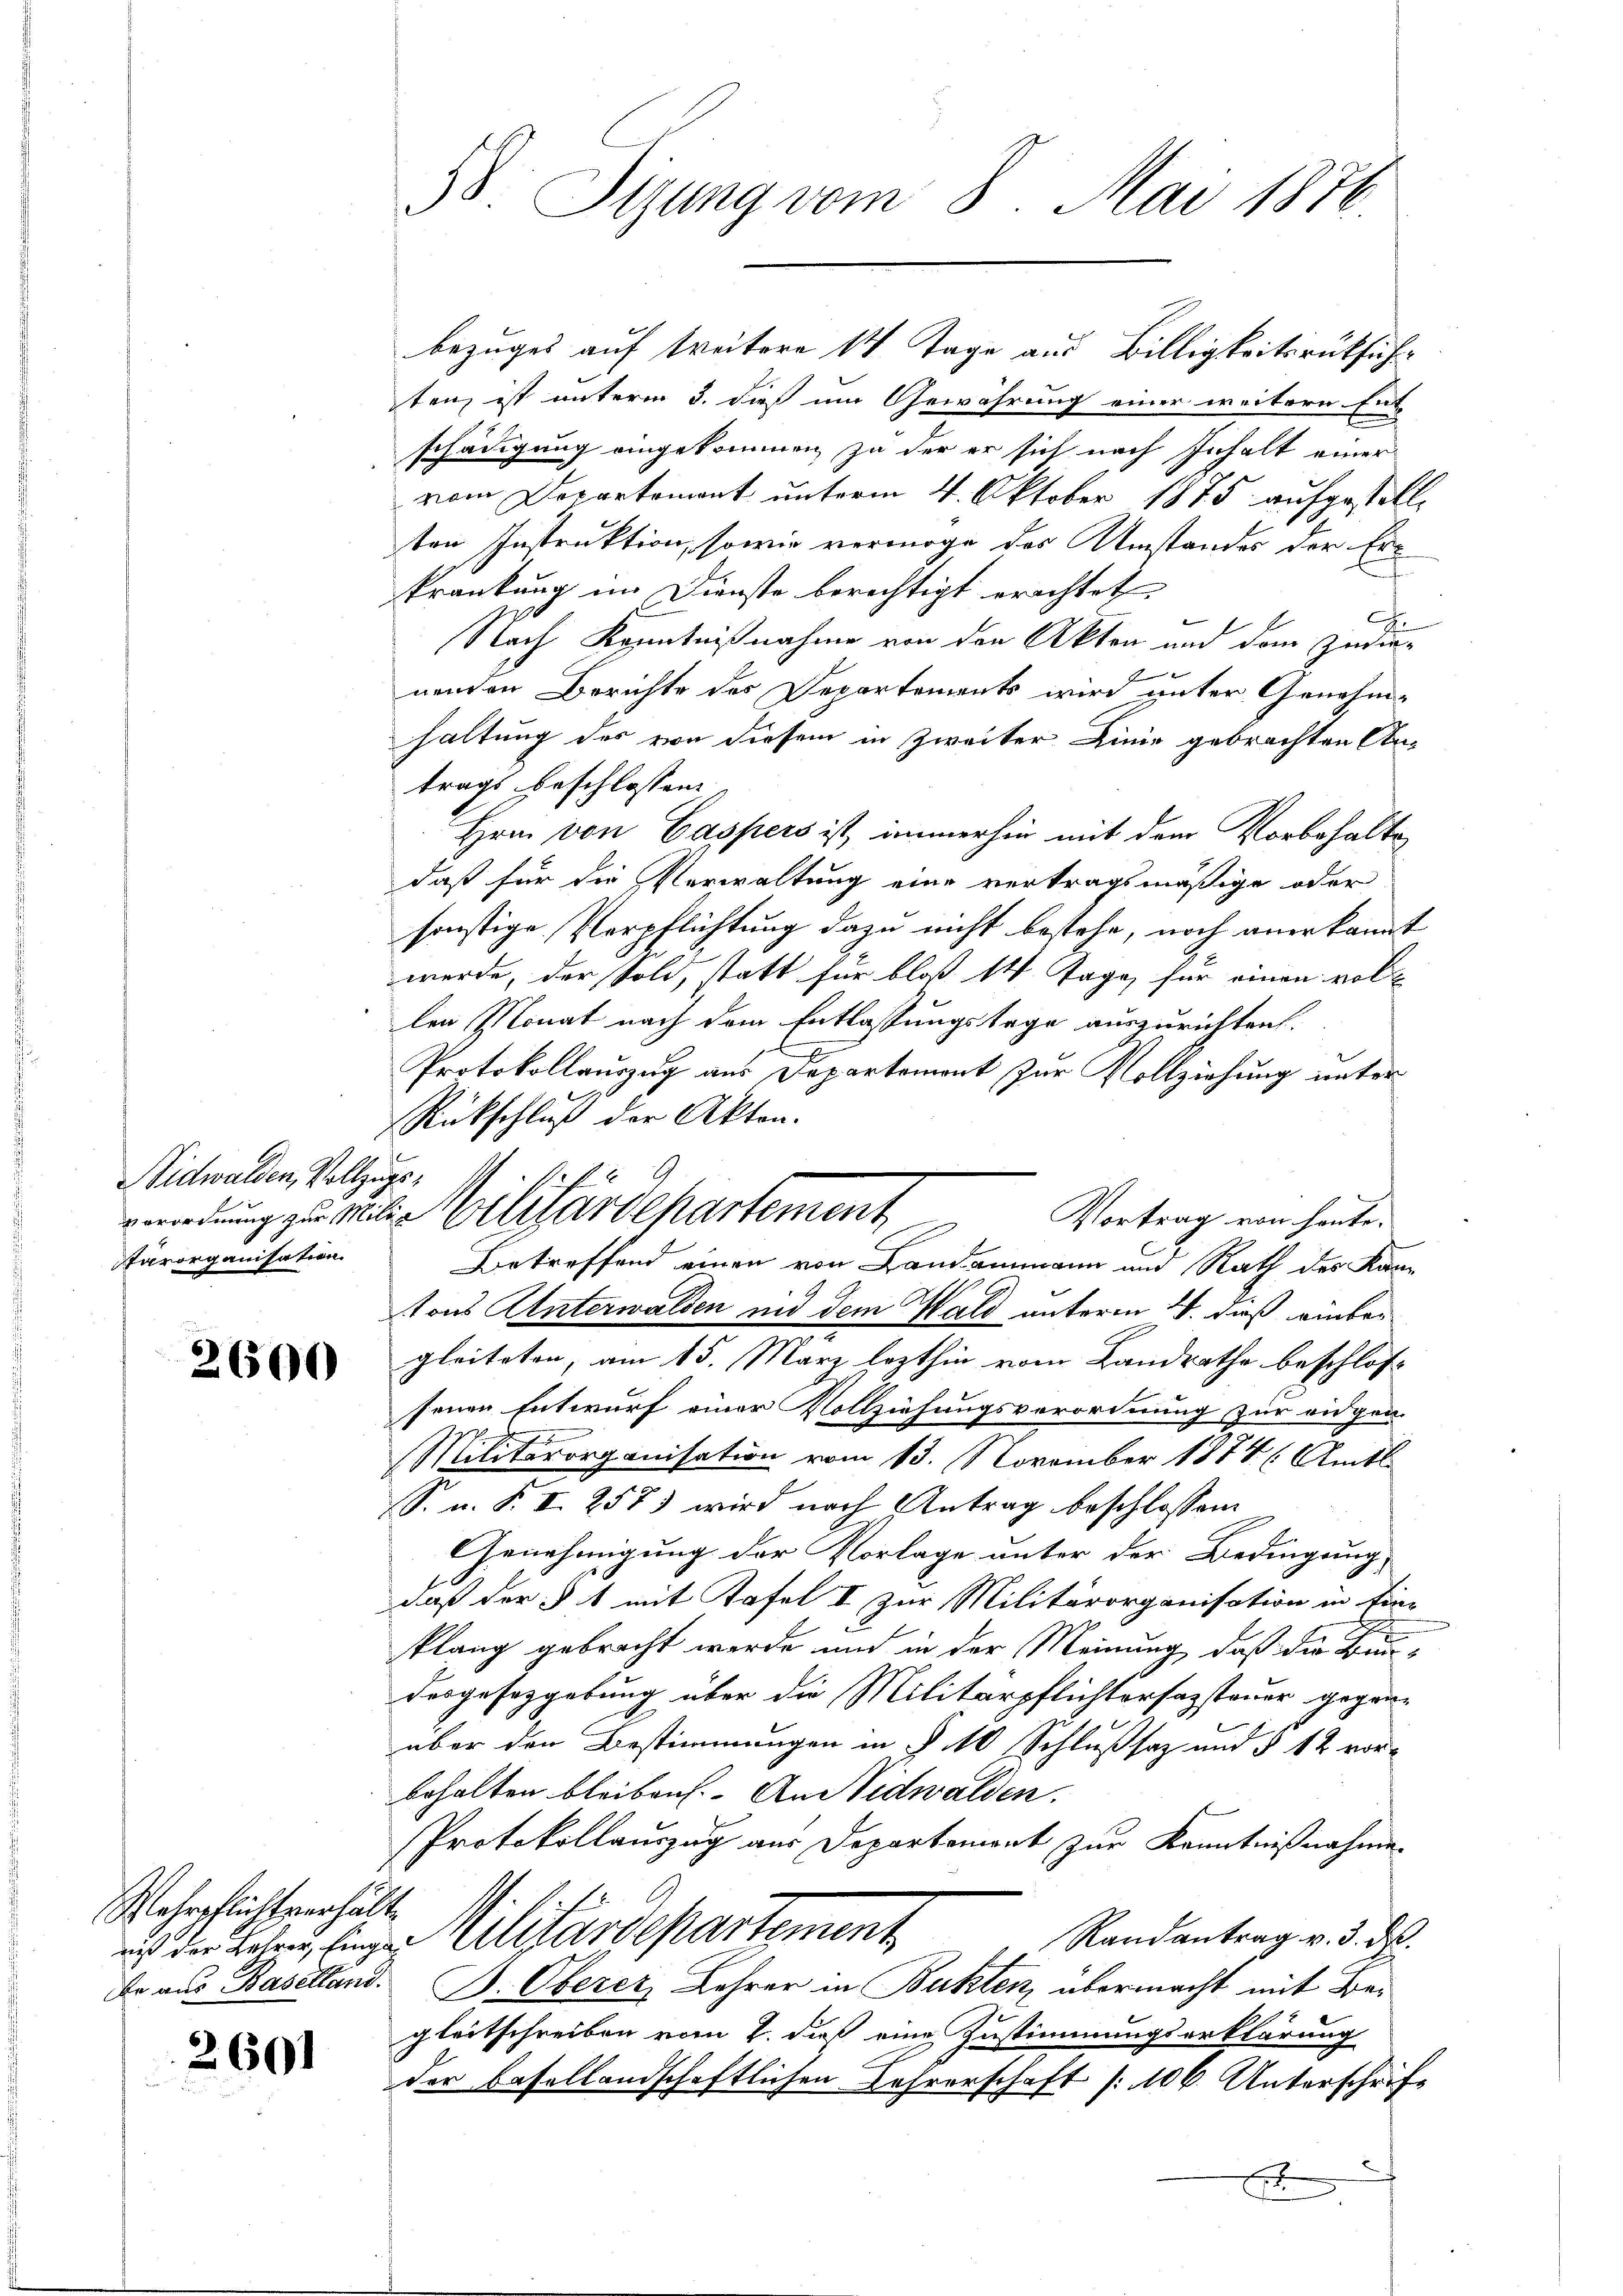
Nidwalden, Vollzugstärorganisation.

2600

Wehrpflichtverhält

2601

38. Sizung vom 8. Mai 1876.

bezuges auf Weitere 14 Tage aus Billigkeitsrüksicher
ten ist unterm 3. dieß um Gewährung einer weitern Ent-
schädigung eingekommen, zu der er sich nach Inhalt einer
vom Departement unterm 4. Oktober 1875 aufgestellten Instruktion, sowie vermöge des Umstandes der Erkrankung im Dienste berechtigt erachtet
u
.
c
Nach Kenntnißnahme von den Akten und dem zwienenden Berichte des Departements wird unter Genehm-
haltung des von diesem in Zweiter Linie gebrachten Antrags beschlossene
Hrn. von Caspers ist, immerhin mit dem Vorbehalte
daß für die Verwaltung eine vertragsmäßige oder
sonstige Verpflichtung dazu nicht bestehe, noch anerkannt
werde, der Sold, statt für bloß 14 Tage, für einen voll
len Monat nach dem Entlassungstage auszurichten.
Protokollauszug aus Departement zur Vollziehung unter
Rückschluß der Akten.
Betreffend einen von Landammann und Rath des Kan
tons Unterwalden und dem Wald unterm 4. daß einbegleiteten, am 15. März lezthin vom Landrathe beschlossenen Entwurf einer Vollziehungsverordnung zur eidgen.
Militärorganisation vom 13. November 1874 (Amts
S. n. F. II 257) wird nach Antrag beschlossen
Genehmigung der Vorlage unter der Bedingung,
daß der § 1 mit Tafel I zur Militärorganisation in Ein-
s
klang gebracht werde und in der Meinung, daß die Bundesgesetzgebung über die Militärpflichtersagsteuer geganüber den Bestimmungen in § 10 Schlußsaz und § 12 vor-
behalten bleiben. An Nidwalden.
Protokollauszug aus Departemont zur Kenntnißnahme
Randantrag v. 3. ds.
uin der haben, Eingen Militärdepartement
Er aus Baselland. B. Oberer Lehrer in Bukten, übermacht mit Begleitschreiben vom 2. dieß eine Zustimmungserklärung
der Basellandschaftlichen Lehrerschaft (106. Unterschrift
x

1. f. 6
verordnung zu Mitte Viliardepartement Vortrag von heuten